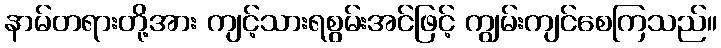
နာမ်တရားတို့အား ကျင့်သားရစွမ်းအင်ဖြင့် ကျွမ်းကျင်စေကြသည်။